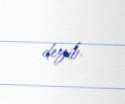
deyib.